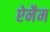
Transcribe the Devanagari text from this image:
ऐनैम